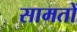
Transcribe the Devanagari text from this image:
सामतों